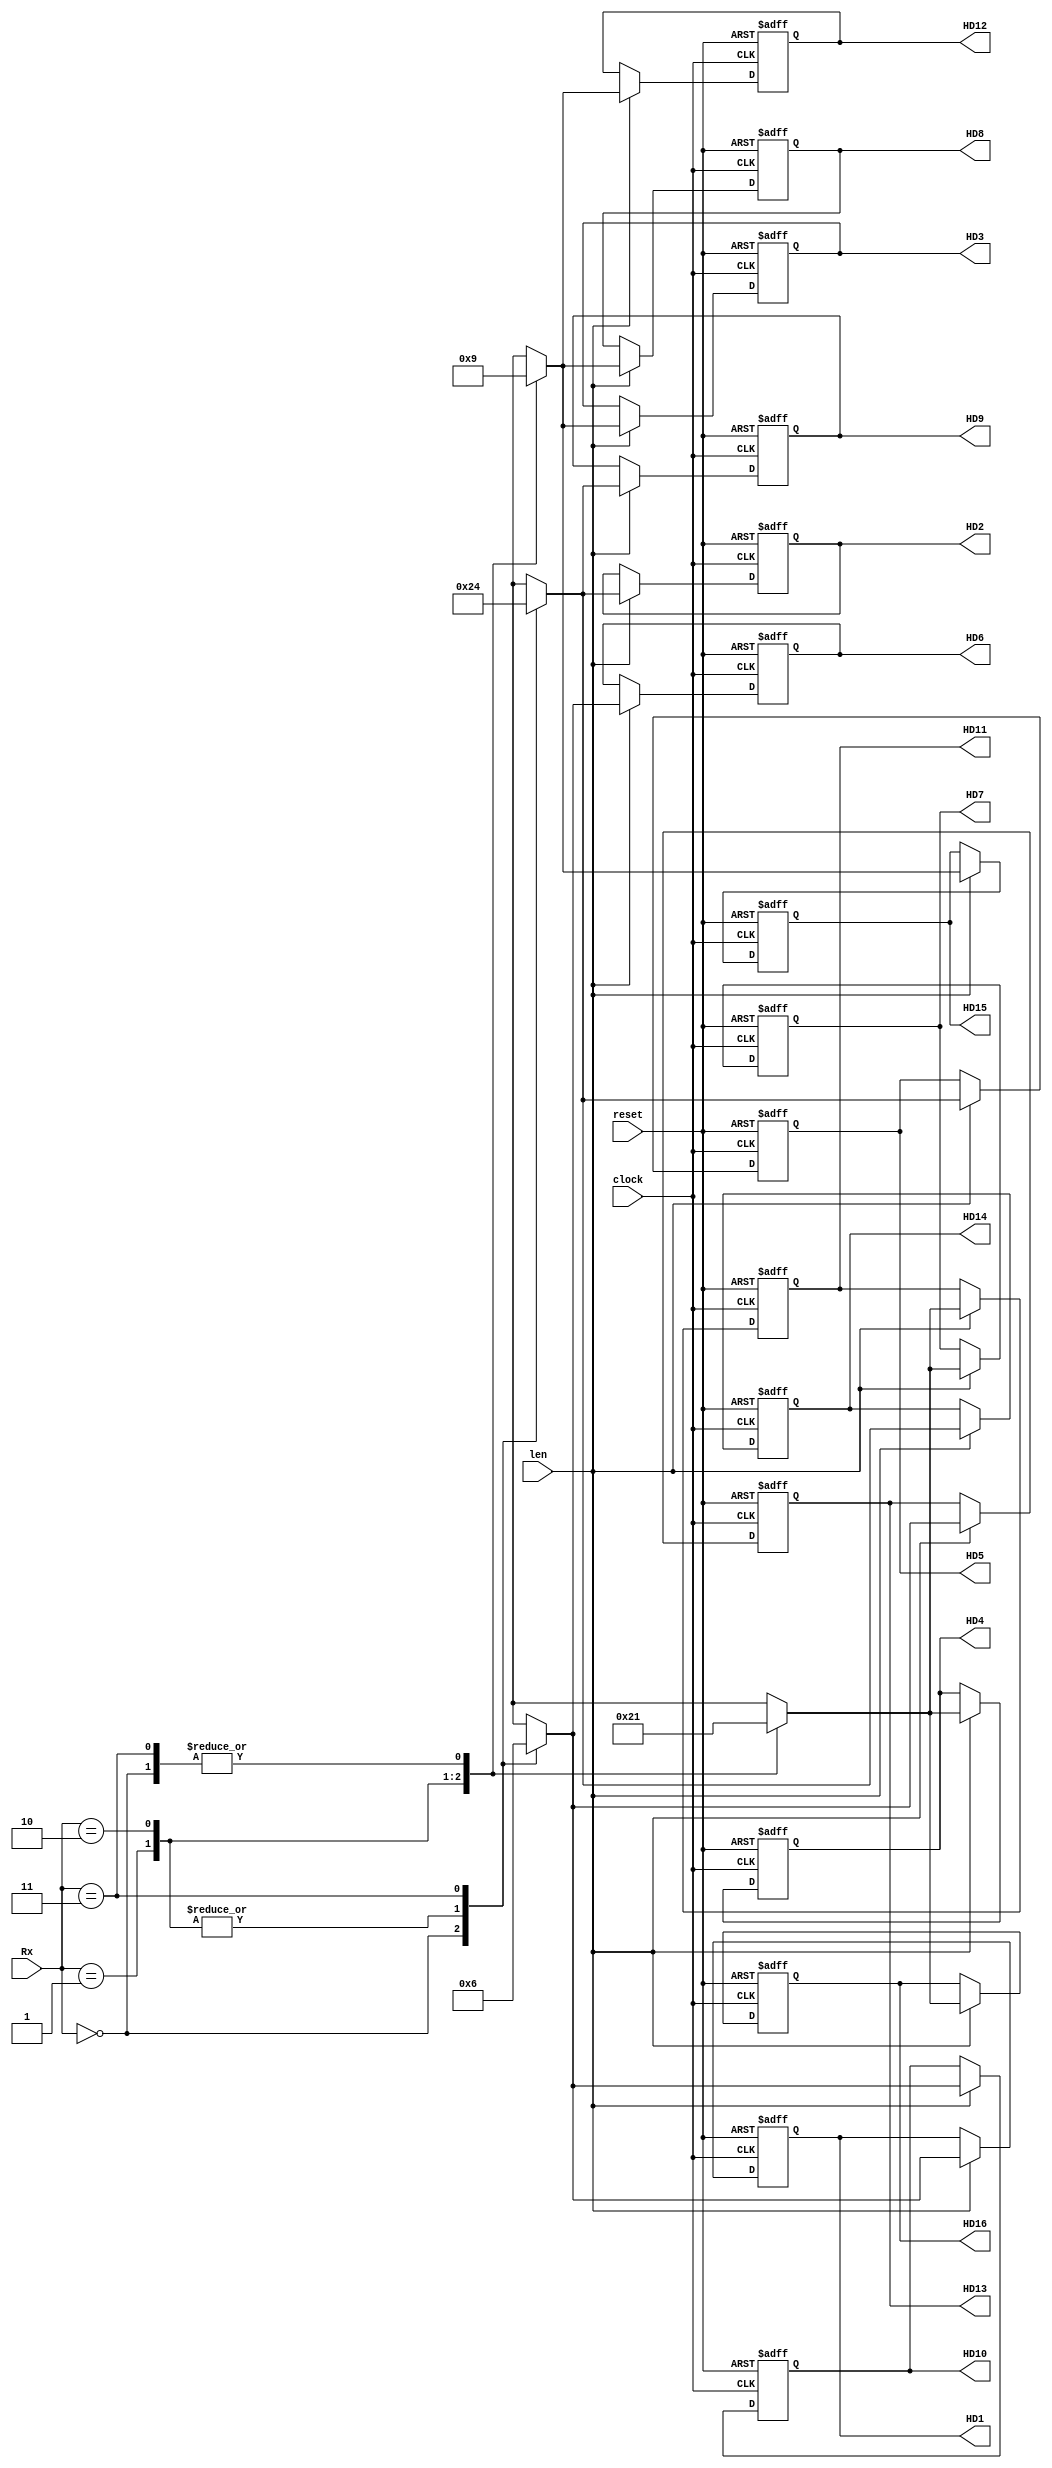
module BMU( HD1, HD2, HD3, HD4, HD5, HD6, HD7, HD8, HD9, HD10, HD11, HD12, HD13, HD14, HD15, HD16, Rx, len, clock, reset
    );
output  [1:0] HD1;
output  [1:0] HD2;
output  [1:0] HD3;
output  [1:0] HD4;
output  [1:0] HD5;
output  [1:0] HD6;
output  [1:0] HD7;
output  [1:0] HD8;
output  [1:0] HD9;
output  [1:0] HD10;
output  [1:0] HD11;
output  [1:0] HD12;
output  [1:0] HD13;
output  [1:0] HD14;
output  [1:0] HD15;
output  [1:0] HD16;

input [1:0] Rx;
input len;
input reset;
input clock;

   reg [1:0] 	 HD1;

   reg [1:0] 	 HD2;

   reg [1:0] 	 HD3;

   reg [1:0] 	 HD4;

   reg [1:0] 	 HD5;

   reg [1:0] 	 HD6;

   reg [1:0] 	 HD7;

   reg [1:0] 	 HD8;

   reg [1:0] 	 HD9;

   reg [1:0] 	 HD10;

   reg [1:0] 	 HD11;

   reg [1:0] 	 HD12;

   reg [1:0] 	 HD13;

   reg [1:0] 	 HD14;

   reg [1:0] 	 HD15;

   reg [1:0] 	 HD16; 


always@(posedge clock or posedge reset)
begin
if(reset)
begin
HD1<=0; HD9<=0;
HD2<=0; HD10<=0;
HD3<=0; HD11<=0;
HD4<=0; HD12<=0;
HD5<=0; HD13<=0;
HD6<=0; HD14<=0;
HD7<=0; HD15<=0;
HD8<=0; HD16<=0;
end
else if(len)
begin
case(Rx)
					2'b00: begin
                         HD1 <=2'b00; HD2 <=2'b10; HD3 <=2'b01; HD4 <=2'b01;
                         HD5 <=2'b10; HD6 <=2'b00; HD7 <=2'b01; HD8 <=2'b01;
                         HD9 <=2'b10; HD10<=2'b00; HD11<=2'b01; HD12<=2'b01;
                         HD13<=2'b00; HD14<=2'b10; HD15<=2'b01; HD16<=2'b01;
                      end
               
               2'b01: begin
                         HD1 <=2'b01; HD2 <=2'b01; HD3 <=2'b00; HD4 <=2'b10;
                         HD5 <=2'b01; HD6 <=2'b01; HD7 <=2'b10; HD8 <=2'b00;
                         HD9 <=2'b01; HD10<=2'b01; HD11<=2'b10; HD12<=2'b00;
                         HD13<=2'b01; HD14<=2'b01; HD15<=2'b00; HD16<=2'b10;
                      end
         
               2'b10: begin
                         HD1 <=2'b01; HD2 <=2'b01; HD3 <=2'b10; HD4 <=2'b00;
                         HD5 <=2'b01; HD6 <=2'b01; HD7 <=2'b00; HD8 <=2'b10;
                         HD9 <=2'b01; HD10<=2'b01; HD11<=2'b00; HD12<=2'b10;
                         HD13<=2'b01; HD14<=2'b01; HD15<=2'b10; HD16<=2'b00;
                      end

               2'b11: begin
                         HD1 <=2'b10; HD2 <=2'b00; HD3 <=2'b01; HD4 <=2'b01;
                         HD5 <=2'b00; HD6 <=2'b10; HD7 <=2'b01; HD8 <=2'b01;
                         HD9 <=2'b00; HD10<=2'b10; HD11<=2'b01; HD12<=2'b01;
                         HD13<=2'b10; HD14<=2'b00; HD15<=2'b01; HD16<=2'b01;
                      end
          endcase 


end

end
endmodule